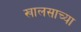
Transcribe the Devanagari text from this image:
खालसाच्या